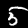
Label: 5